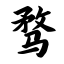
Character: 骛